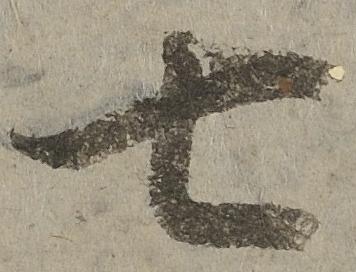
七